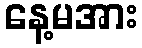
နေ့မအား